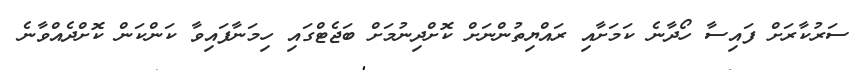
ސަރުކާރަށް ފައިސާ ހޯދާނެ ކަމަށާއި ރައްޔިތުންނަށް ކޮށްދިނުމަށް ބަޖެޓްގައި ހިމަނާފައިވާ ކަންކަން ކޮށްދެއްވާނެ